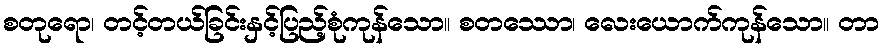
စတုရော၊ တင့်တယ်ခြင်းနှင့်ပြည့်စုံကုန်သော။ စတဿော၊ လေးယောက်ကုန်သော။ တာ